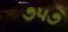
૭૫૭